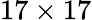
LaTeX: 17\times 17